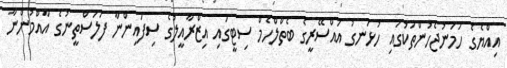
އިއްޔެގެ ހަމަނުޖެހުންތަކުގައި ހުޅަނގު އައްސޭރީގެ ބެތްލްހެމް ސިޓީގައި އިޒްރާއީލުގެ ސިފައިންނާ ފަލަސްތީނުގެ އާއްމުންނާ